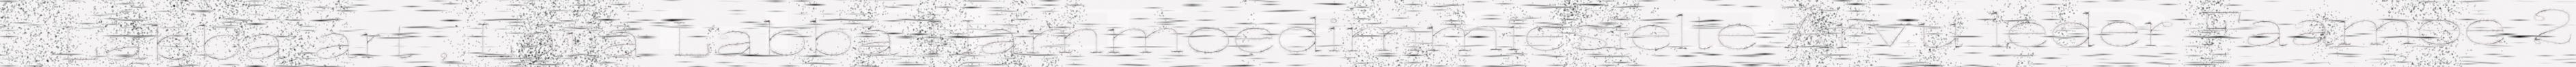
Labba art , Laila Labba Hammoedimmiesïelte Árvu leder Faamoe 2